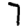
Digit: 7